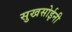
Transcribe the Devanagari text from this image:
सुखसोईनी